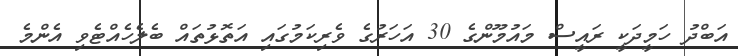
އަބްދު ހަމީދަކީ ރައީސް މައުމޫންގެ 30 އަހަރުގެ ވެރިކަމުގައި އަތޮޅުތައް ބެލެހެއްޓެވި އެންމެ